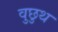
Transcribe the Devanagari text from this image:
वुछुथ